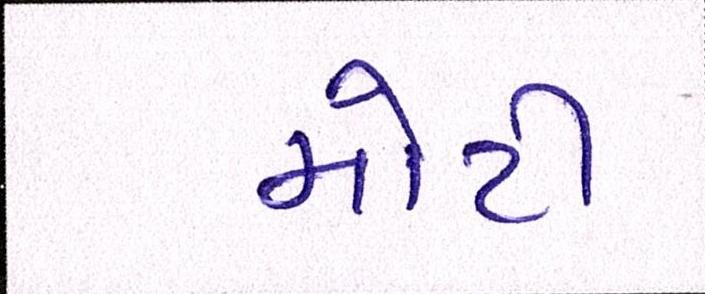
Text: મોટી